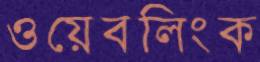
ওয়েবলিংক